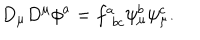
D _ { \mu } D ^ { \mu } \phi ^ { a } = f _ { \phantom { a } b c } ^ { a } \psi _ { \mu } ^ { b } \psi _ { \mu } ^ { c } .